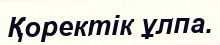
Қоректік ұлпа.